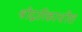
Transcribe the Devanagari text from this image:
श्रीद्वारिकाधीश